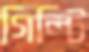
গিল্টি